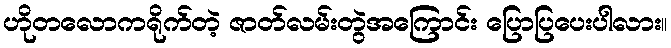
ဟိုတလောကရိုက်တဲ့ ဇာတ်လမ်းတွဲအကြောင်း ပြောပြပေးပါလား။